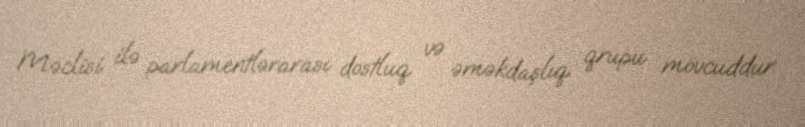
Məclisi ilə parlamentlərarası dostluq və əməkdaşlıq qrupu mövcuddur.